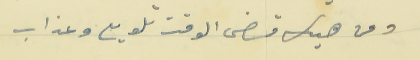
ومن هيك قضى الوقت تلويع وعذاب